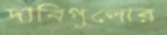
দাবিগুলোর